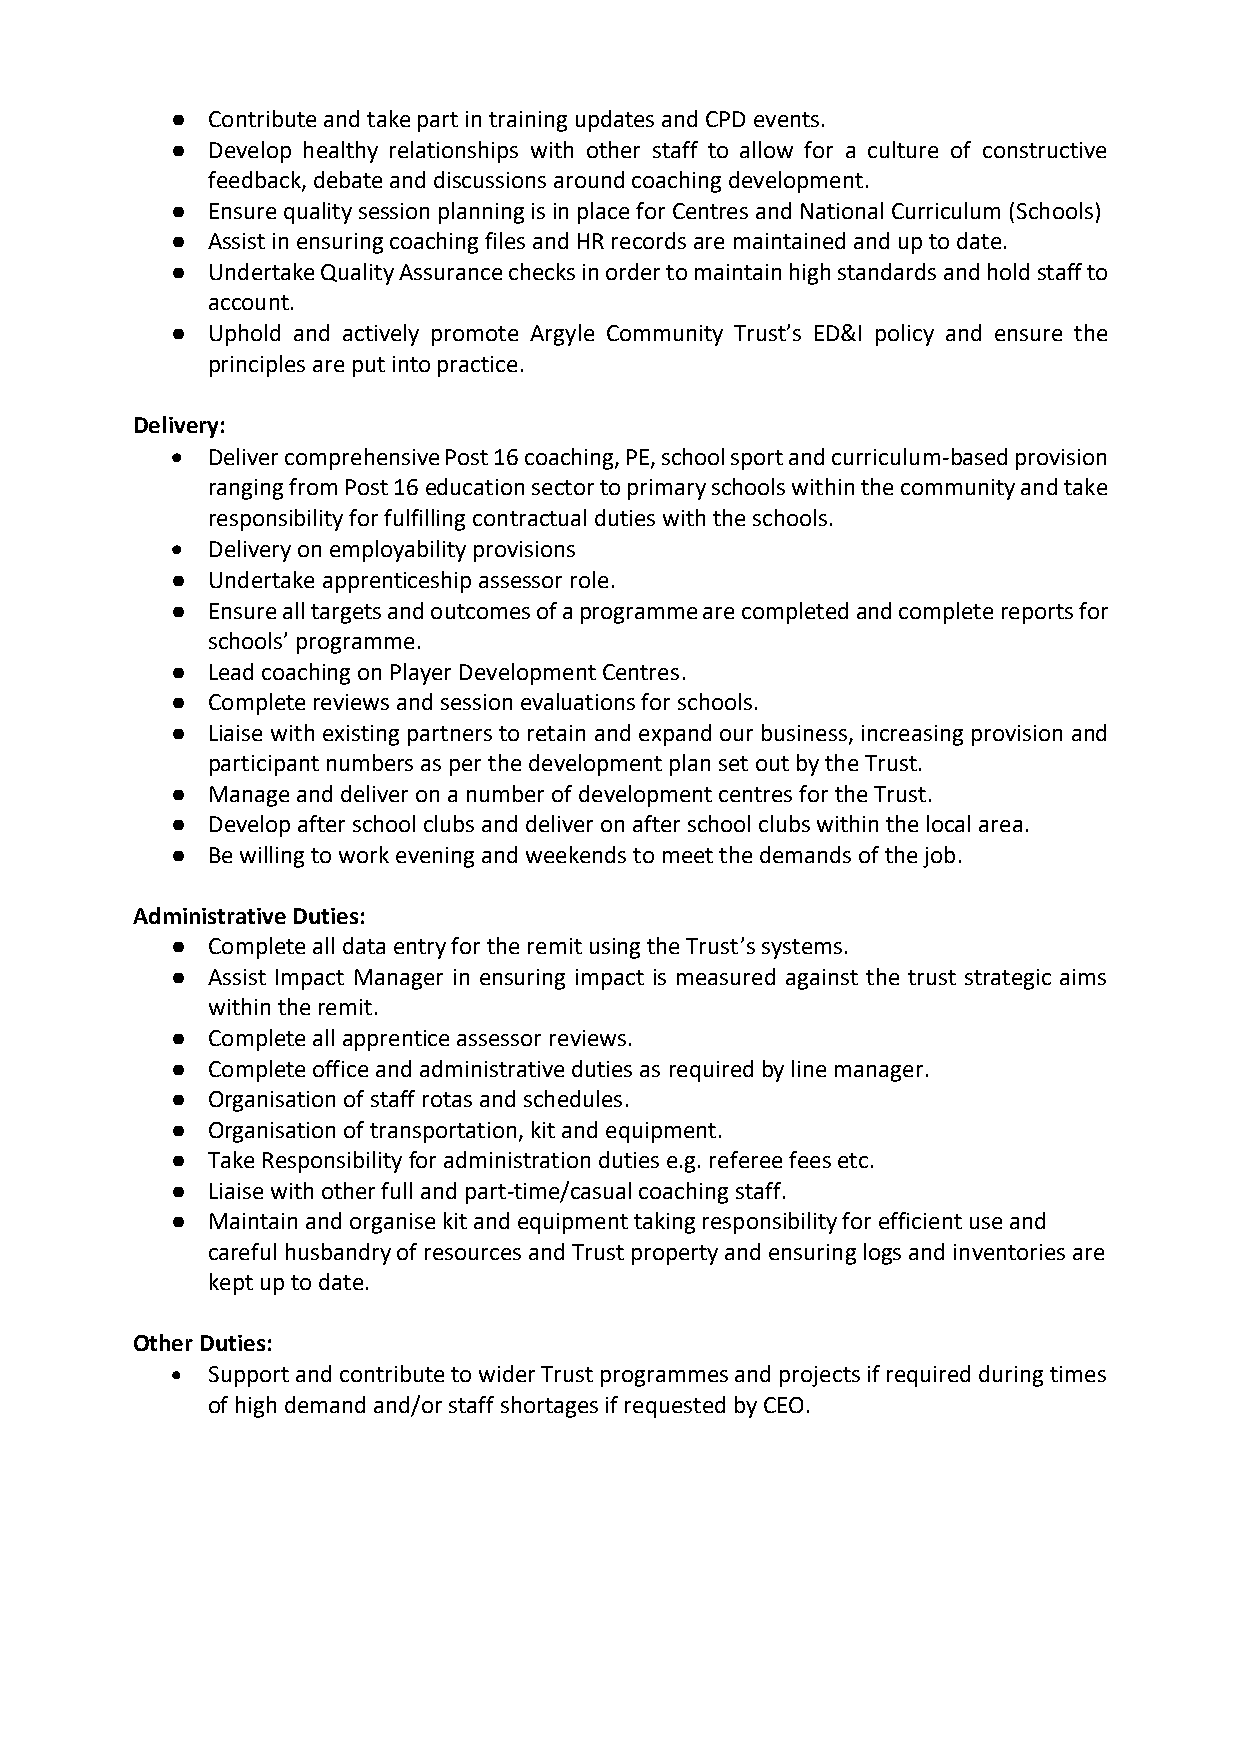
●  Contribute and take part in training updates and CPD events.
 ●  Develop healthy relationships with other staff to allow for a culture of constructive
 feedback, debate and discussions around coaching development.
 ●  Ensure quality session planning is in place for Centres and National Curriculum (Schools)
 ●  Assist in ensuring coaching files and HR records are maintained and up to date.
 ●  Undertake Quality Assurance checks in order to maintain high standards and hold staff to
 account.
 ●  Uphold and actively promote Argyle Community Trust’s ED&I policy and ensure the
 principles are put into practice.
 Delivery:
 •  Deliver comprehensive Post 16 coaching, PE, school sport and curriculum-based provision
 ranging from Post 16 education sector to primary schools within the community and take
 responsibility for fulfilling contractual duties with the schools.
 •  Delivery on employability provisions
 ●  Undertake apprenticeship assessor role.
 ●  Ensure all targets and outcomes of a programme are completed and complete reports for
 schools’ programme.
 ●  Lead coaching on Player Development Centres.
 ●  Complete reviews and session evaluations for schools.
 ●  Liaise with existing partners to retain and expand our business, increasing provision and
 participant numbers as per the development plan set out by the Trust.
 ●  Manage and deliver on a number of development centres for the Trust.
 ●  Develop after school clubs and deliver on after school clubs within the local area.
 ●  Be willing to work evening and weekends to meet the demands of the job.
 Administrative Duties:
 ●  Complete all data entry for the remit using the Trust’s systems.
 ●  Assist Impact Manager in ensuring impact is measured against the trust strategic aims
 within the remit.
 ●  Complete all apprentice assessor reviews.
 ●  Complete office and administrative duties as required by line manager.
 ●  Organisation of staff rotas and schedules.
 ●  Organisation of transportation, kit and equipment.
 ●  Take Responsibility for administration duties e.g. referee fees etc.
 ●  Liaise with other full and part-time/casual coaching staff.
 ●  Maintain and organise kit and equipment taking responsibility for efficient use and
 careful husbandry of resources and Trust property and ensuring logs and inventories are
 kept up to date.
 Other Duties:
 •  Support and contribute to wider Trust programmes and projects if required during times
 of high demand and/or staff shortages if requested by CEO.